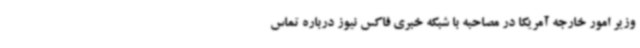
وزیر امور خارجه آمریکا در مصاحبه با شبکه خبری فاکس نیوز درباره تماس